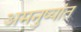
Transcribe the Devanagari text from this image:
अमनुष्यांत